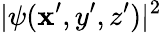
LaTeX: |\psi(\mathbf{x}^{\prime},y^{\prime},z^{\prime})|^{2}